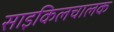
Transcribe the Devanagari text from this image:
साइकिलचालक